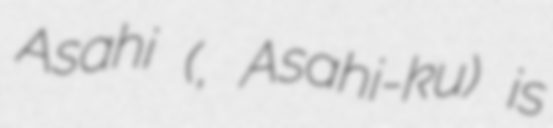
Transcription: Asahi (旭区, Asahi-ku) is